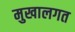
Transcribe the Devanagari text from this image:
मुखालगत